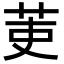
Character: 𮎫